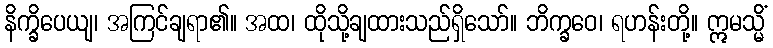
နိက္ခိပေယျ၊ အကြင်ချရာ၏။ အထ၊ ထိုသို့ချထားသည်ရှိသော်။ ဘိက္ခဝေ၊ ရဟန်းတို့။ ဣမသ္မိံ